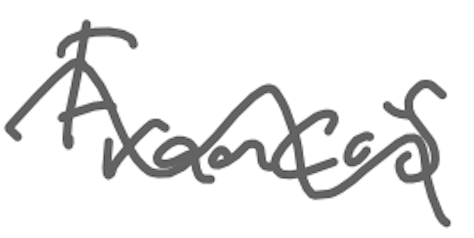
Text: Francis
Cross-out: wave
Writing tool: digital_gray